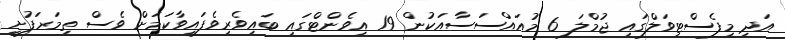
އަދި މިފެސްޓިވަލްގައި ޖުމްލަ 6 މުއައްސަސާއަކުން 19 އިވެންޓްގައި ބައިވެރިވެފައިވާކަމަށް ވެސް ތިމަރަފުށީ